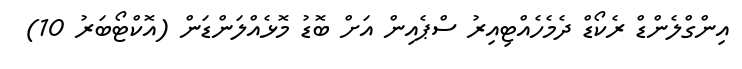
އިންގްލެންޑް ރެކޯޑް ދެމެހެއްޓިއިރު ސްޕެއިން އަށް ބޮޑު މޮޅެއްލަންޑަން (އޮކްޓޯބަރު 10)